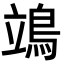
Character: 鴗